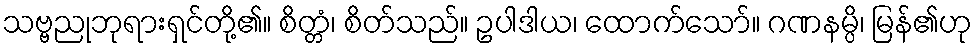
သဗ္ဗညုဘုရားရှင်တို့၏။ စိတ္တံ၊ စိတ်သည်။ ဥပါဒါယ၊ ထောက်သော်။ ဂဏနမ္ပိ၊ မြန်၏ဟု